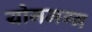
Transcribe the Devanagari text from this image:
योगमग्न